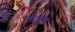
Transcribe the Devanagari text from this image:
तीनन